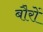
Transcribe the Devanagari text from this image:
बौरों